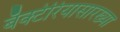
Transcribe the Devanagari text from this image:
बॅक्टेरियासारख्या